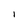
Character: l